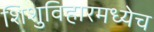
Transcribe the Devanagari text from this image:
शिशुविहारमध्येच